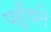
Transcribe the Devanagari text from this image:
पहूँचने